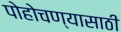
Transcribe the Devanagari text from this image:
पोहोचण्‍यासाठी